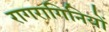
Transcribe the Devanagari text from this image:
रागरागिनियों